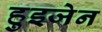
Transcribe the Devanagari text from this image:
हुइजेन